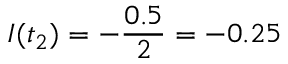
I ( t _ { 2 } ) = - \frac { 0 . 5 } { 2 } = - 0 . 2 5